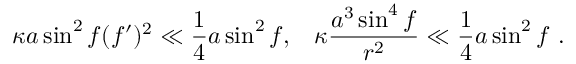
\kappa a \sin ^ { 2 } f ( f ^ { \prime } ) ^ { 2 } \ll \frac { 1 } { 4 } a \sin ^ { 2 } f , \; \; \; \kappa \frac { a ^ { 3 } \sin ^ { 4 } f } { r ^ { 2 } } \ll \frac { 1 } { 4 } a \sin ^ { 2 } f \ .